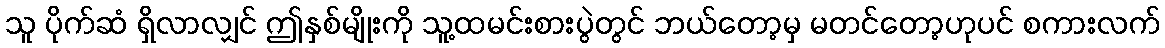
သူ ပိုက်ဆံ ရှိလာလျှင် ဤနှစ်မျိုးကို သူ့ထမင်းစားပွဲတွင် ဘယ်တော့မှ မတင်တော့ဟုပင် စကားလက်